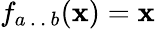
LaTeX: f_{a\, .\, .\, b}(\mathbf{x})=\mathbf{x}